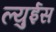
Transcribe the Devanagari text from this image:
ल्युईस